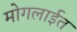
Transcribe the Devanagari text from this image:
मोगलाईत